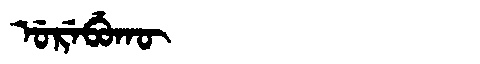
Manchu: ᡠᡵᡝᠪᡠᡴᡡ
Romanization: UREBUKŪ